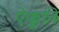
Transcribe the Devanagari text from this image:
ऐकुनि